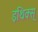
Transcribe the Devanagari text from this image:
इथिक्स्